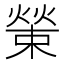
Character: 𤎊